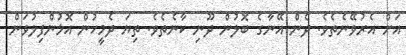
އަށް އެރުވޭނެތެވެ. ދެން އޭނާގެ ބޮލުން ދޫނި ކާނެތެވެ. ތިޔަ ދެމީހުން އޮޅުންފިލުވަން